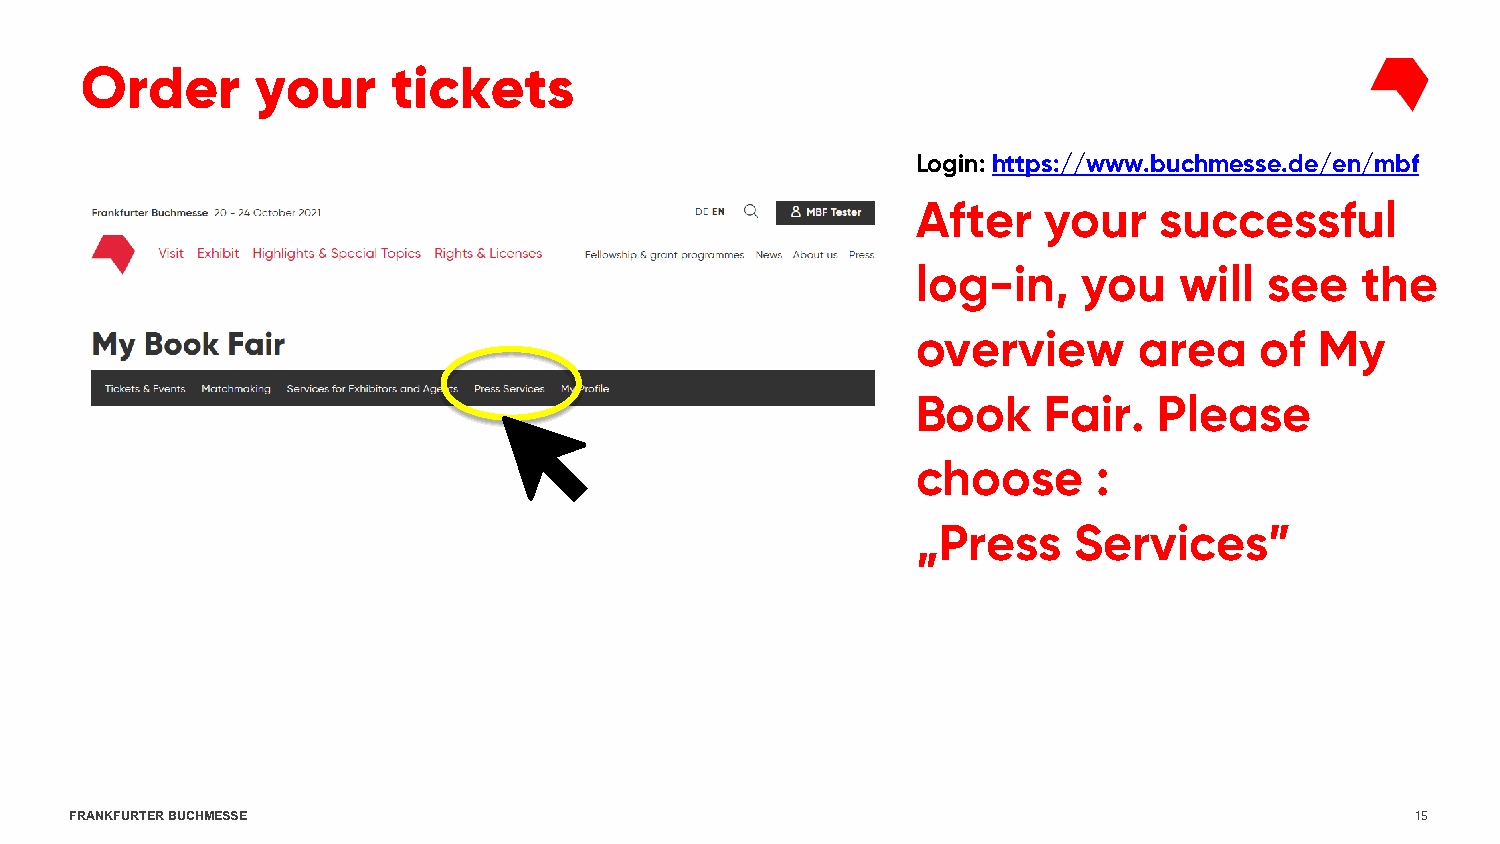
Order       your     tickets
 Login: https://www.buchmesse.de/en/mbf
 After   your    successful
 log-in,    you   will  see   the
 overview      area    of  My
 Book    Fair.   Please
 choose      :
 „Press    Services”
 FRANKFURTER BUCHMESSE                                                                    15